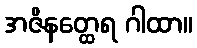
အဇိနတ္ထေရ ဂါထာ။